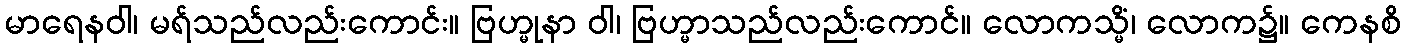
မာရေနဝါ၊ မရ်သည်လည်းကောင်း။ ဗြဟ္မုနာ ဝါ၊ ဗြဟ္မာသည်လည်းကောင်။ လောကသ္မိံ၊ လောက၌။ ကေနစိ